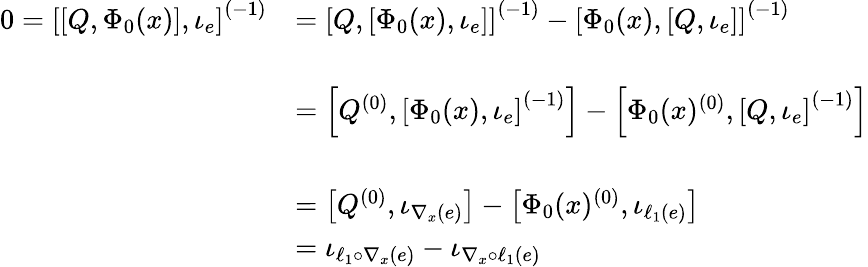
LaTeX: \begin{array}{rl}{0=\left[\left[Q,\Phi_{0}(x)\right],\iota_{e}\right]^{(-1)}}&{=\left[Q,\left[\Phi_{0}(x),\iota_{e}\right]\right]^{(-1)}-\left[\Phi_{0}(x),\left[Q,\iota_{e}\right]\right]^{(-1)}}\\ &{}\\ &{=\left[Q^{(0)},\left[\Phi_{0}(x),\iota_{e}\right]^{(-1)}\right]-\left[\Phi_{0}(x)^{(0)},\left[Q,\iota_{e}\right]^{(-1)}\right]}\\ &{}\\ &{=\left[Q^{(0)},\iota_{\nabla_{x}(e)}\right]-\left[\Phi_{0}(x)^{(0)},\iota_{\ell_{1}(e)}\right]}\\ &{=\iota_{\ell_{1}\circ\nabla_{x}(e)}-\iota_{\nabla_{x}\circ\ell_{1}(e)}}\end{array}